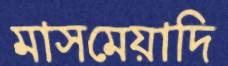
মাসমেয়াদি